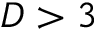
D > 3